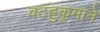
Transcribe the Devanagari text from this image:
वटहुकूमाने